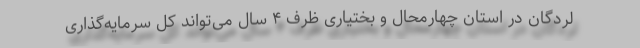
لردگان در استان چهارمحال و بختیاری ظرف ۴ سال می‌تواند کل سرمایه‌گذاری